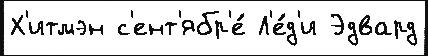
Х'итмэн с'ент'ябр'е́ Л'е́д'и Эдвард